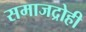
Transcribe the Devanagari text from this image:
समाजद्रोही